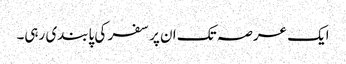
ایک عرصہ تک ان پر سفر کی پابندی رہی۔